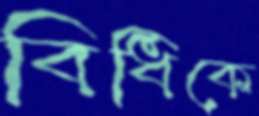
বিধিকে